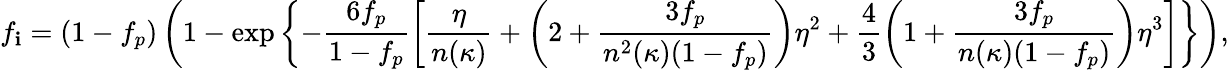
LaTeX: f_{\mathbf{i}}=(1-f_{p})\left(1-\exp\left\{ -\frac{{6f_{p}}}{{1-f_{p}}}\left[\frac{{\eta}}{{n(\kappa)}}+\left(2+\frac{{3f_{p}}}{{n^{2}(\kappa)(1-f_{p})}}\right)\eta^{2}\right.\right.\right.+\left.\left.\left.\frac{{4}}{{3}}\left(1+\frac{{3f_{p}}}{{n(\kappa)(1-f_{p})}}\right)\eta^{3}\right]\right\} \right),